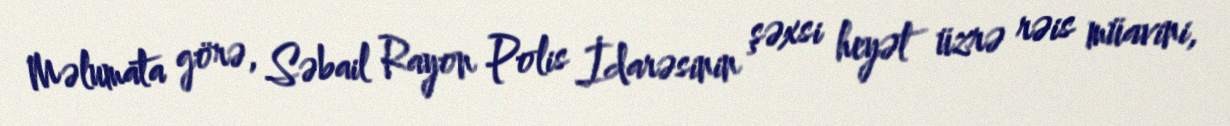
Məlumata görə, Səbail Rayon Polis İdarəsinin şəxsi heyət üzrə rəis müavini,